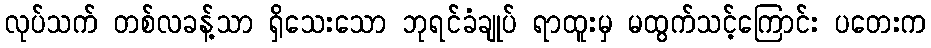
လုပ်သက် တစ်လခန့်သာ ရှိသေးသော ဘုရင်ခံချုပ် ရာထူးမှ မထွက်သင့်ကြောင်း ပတေးက